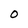
Character: O